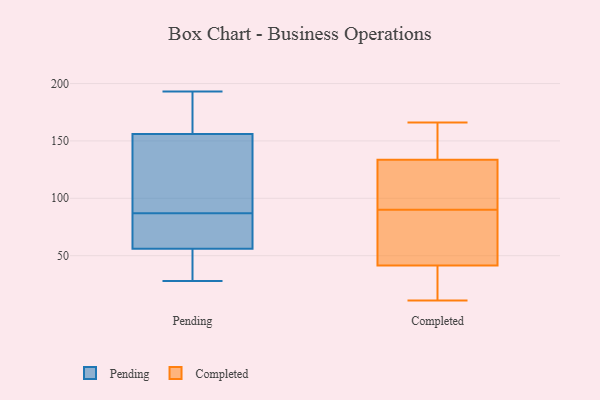
{"axis": {"x": "Conversion Rate (%)", "y": "Value"}, "legend": ["Completed", "Pending"], "data": [{"x": "", "y": 28, "type": "Pending"}, {"x": "", "y": 56, "type": "Pending"}, {"x": "", "y": 101, "type": "Pending"}, {"x": "", "y": 72, "type": "Pending"}, {"x": "", "y": 37, "type": "Pending"}, {"x": "", "y": 193, "type": "Pending"}, {"x": "", "y": 99, "type": "Pending"}, {"x": "", "y": 156, "type": "Pending"}, {"x": "", "y": 75, "type": "Pending"}, {"x": "", "y": 167, "type": "Pending"}, {"x": "", "y": 49, "type": "Completed"}, {"x": "", "y": 117, "type": "Completed"}, {"x": "", "y": 15, "type": "Completed"}, {"x": "", "y": 54, "type": "Completed"}, {"x": "", "y": 165, "type": "Completed"}, {"x": "", "y": 166, "type": "Completed"}, {"x": "", "y": 98, "type": "Completed"}, {"x": "", "y": 101, "type": "Completed"}, {"x": "", "y": 34, "type": "Completed"}, {"x": "", "y": 82, "type": "Completed"}, {"x": "", "y": 11, "type": "Completed"}, {"x": "", "y": 150, "type": "Completed"}]}